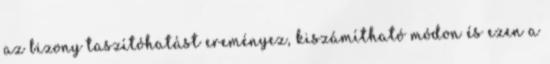
az bizony taszítóhatást ereményez, kiszámítható módon és ezen a